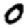
Digit: 0